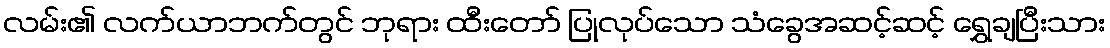
လမ်း၏ လက်ယာဘက်တွင် ဘုရား ထီးတော် ပြုလုပ်သော သံခွေအဆင့်ဆင့် ရွှေချပြီးသား